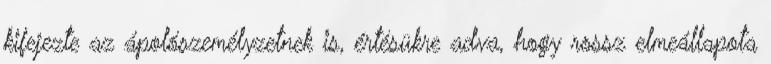
kifejezte az ápolószemélyzetnek is, értésükre adva, hogy rossz elmeállapota